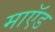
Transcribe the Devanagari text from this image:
माऍड